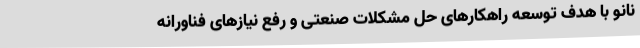
نانو با هدف توسعه راهکارهای حل مشکلات صنعتی و رفع نیازهای فناورانه